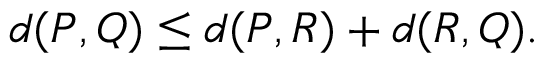
d ( P , Q ) \leq d ( P , R ) + d ( R , Q ) .